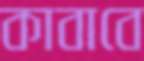
কাবাবে